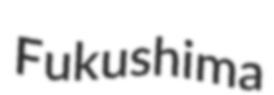
Fukushima